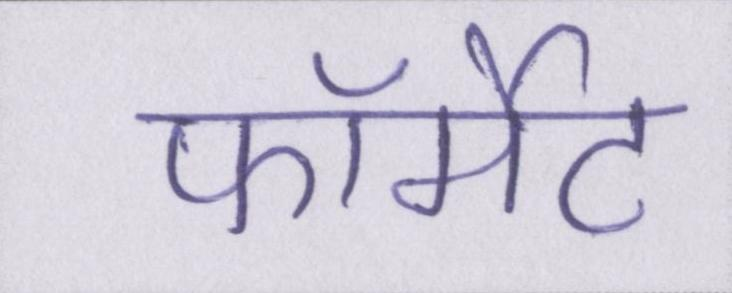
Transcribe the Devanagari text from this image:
फॉर्मेट